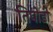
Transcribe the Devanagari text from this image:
तिपोडी